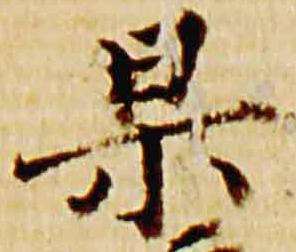
杲